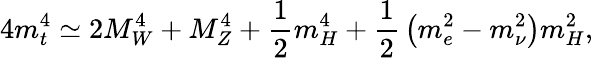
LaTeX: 4m_{t}^{4}\simeq 2M_{W}^{4}+M_{Z}^{4}+{\frac{1}{2}}m_{H}^{4}+{\frac{1}{2}}\left(m_{e}^{2}-m_{\nu}^{2}\right)m_{H}^{2},